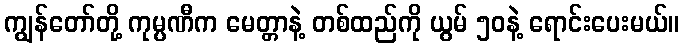
ကျွန်တော်တို့ ကုမ္ပဏီက မေတ္တာနဲ့ တစ်ထည်ကို ယွမ် ၅၀နဲ့ ရောင်းပေးမယ်။